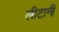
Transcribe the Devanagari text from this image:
लीटानी